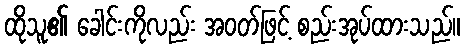
ထိုသူ၏ ခေါင်းကိုလည်း အဝတ်ဖြင့် စည်းအုပ်ထားသည်။